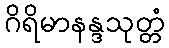
ဂိရိမာနန္ဒသုတ္တံ